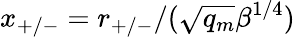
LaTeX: x_{+/-}=r_{+/-}/(\sqrt{q_{m}}\beta^{1/4})